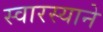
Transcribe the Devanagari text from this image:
स्वारस्याने